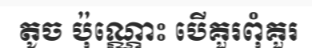
តូច ប៉ុណ្ណោះ បើគួរពុំគួរ